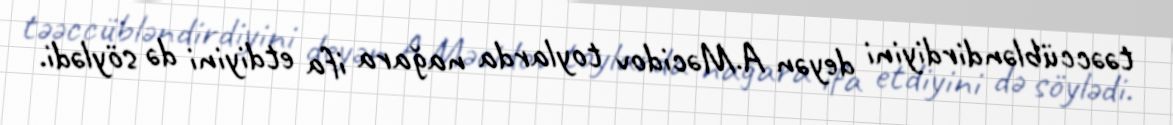
təəccübləndirdiyini deyən A.Məcidov toylarda nağara ifa etdiyini də söylədi.